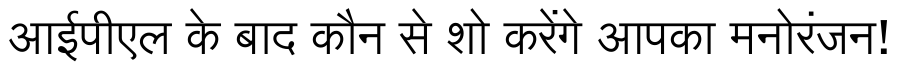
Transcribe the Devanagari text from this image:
आईपीएल के बाद कौन से शो करेंगे आपका मनोरंजन!